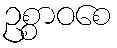
ဥစ္စာဝစေ